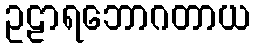
ဥဠာရဘောဂတာယ